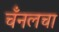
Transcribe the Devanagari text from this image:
चँनलचा